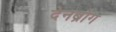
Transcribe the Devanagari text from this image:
देनब्रोग